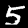
Label: 5